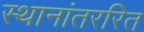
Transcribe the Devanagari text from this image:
स्थानांतररित